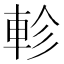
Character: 軫